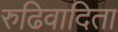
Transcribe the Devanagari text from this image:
रुढिवादिता